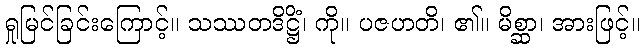
ရှုမြင်ခြင်းကြောင့်။ သဿတဒိဋ္ဌိံ၊ ကို။ ပဇဟတိ၊ ၏။ မိစ္ဆာ၊ အားဖြင့်။